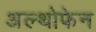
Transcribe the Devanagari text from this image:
अल्थोफेन